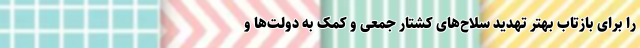
را برای بازتاب بهتر تهدید سلاح‌های کشتار جمعی و کمک به دولت‌ها و